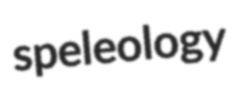
speleology